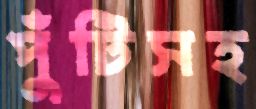
পুঁটিসহ